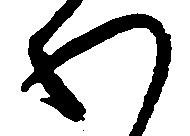
わ